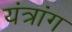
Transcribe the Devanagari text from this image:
यंत्रांग